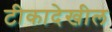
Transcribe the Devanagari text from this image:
टीकादेखील